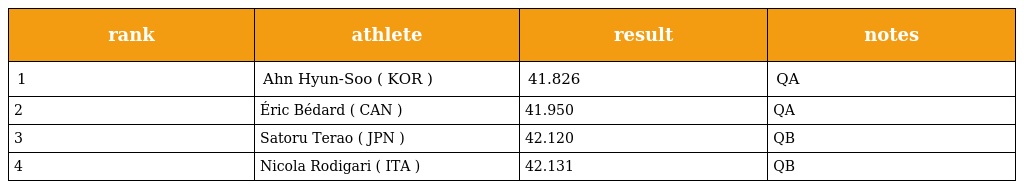
| rank | athlete | result | notes |
 | --- | --- | --- | --- |
 | 1 | Ahn Hyun-Soo ( KOR ) | 41.826 | QA |
 | 2 | Éric Bédard ( CAN ) | 41.950 | QA |
 | 3 | Satoru Terao ( JPN ) | 42.120 | QB |
 | 4 | Nicola Rodigari ( ITA ) | 42.131 | QB |